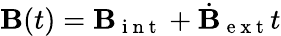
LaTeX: \textbf{B}(t)=\textbf{B}_{\mathrm{~i~n~t~}}+\dot{\textbf{B}}_{\mathrm{~e~x~t~}}t